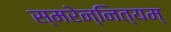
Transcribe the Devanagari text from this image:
स्मरेन्‍नित्यम्‌